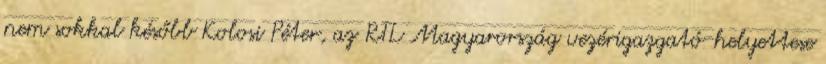
nem sokkal később Kolosi Péter, az RTL Magyarország vezérigazgató-helyettese